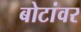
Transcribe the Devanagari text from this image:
बोटांवर